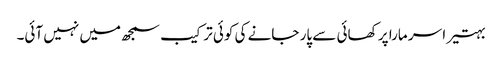
بہتیرا سر مارا پر کھائی سے پار جانے کی کوئی ترکیب سمجھ میں نہیں آئی۔